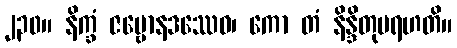
၂၃၀။ နိက္ခံ ဇမ္ဗောနဒဿေဝ၊ ကော တံ နိန္ဒိတုမရဟတိ။